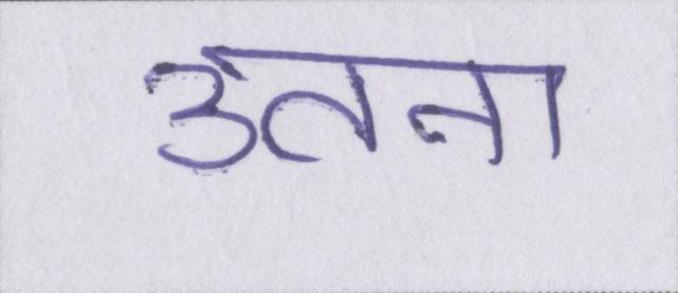
उतना